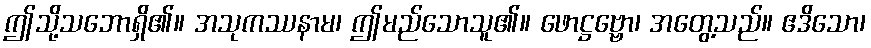
ဤသို့သဘောရှိ၏။ အသုကဿနာမ၊ ဤမည်သောသူ၏။ ဖောဋ္ဌဗ္ဗော၊ အတွေ့သည်။ ဧဒိသော၊